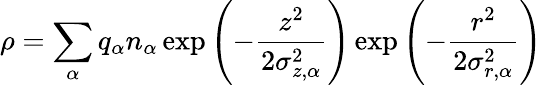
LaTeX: \rho=\sum_{\alpha}q_{\alpha}n_{\alpha}\exp\left(-\frac{z^{2}}{2\sigma_{z,\alpha}^{2}}\right)\exp\left(-\frac{r^{2}}{2\sigma_{r,\alpha}^{2}}\right)